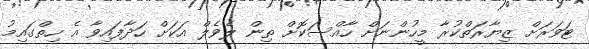
ޓަވަރަށް ޒިޔާރަތްކުރާ މީހުންނަށް ހާއްސަކޮށް ތިން ލެވެލް އަކަށް ހަދާފައިވާ އެ ހިތްގައިމު